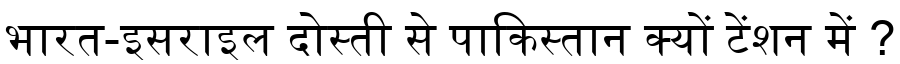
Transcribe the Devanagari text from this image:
भारत-इसराइल दोस्ती से पाकिस्तान क्यों टेंशन में ?